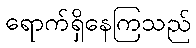
ရောက်ရှိနေကြသည်